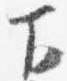
下